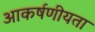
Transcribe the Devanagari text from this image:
आकर्षणीयता